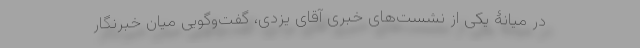
در میانۀ یکی از نشست‌های خبری آقای یزدی‌، گفت‌و‌گویی میان خبرنگار